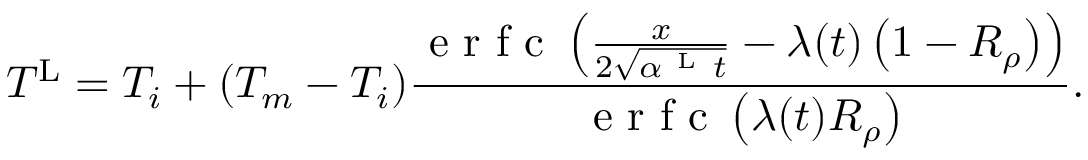
T ^ { \mathrm { L } } = T _ { i } + ( T _ { m } - T _ { i } ) \frac { \mathrm { ~ e ~ r ~ f ~ c ~ } \left( \frac { x } { 2 \sqrt { \alpha ^ { \mathrm { ~ L ~ } } t } } - \lambda ( t ) \left( 1 - R _ { \rho } \right) \right) } { \mathrm { ~ e ~ r ~ f ~ c ~ } \left( \lambda ( t ) R _ { \rho } \right) } .